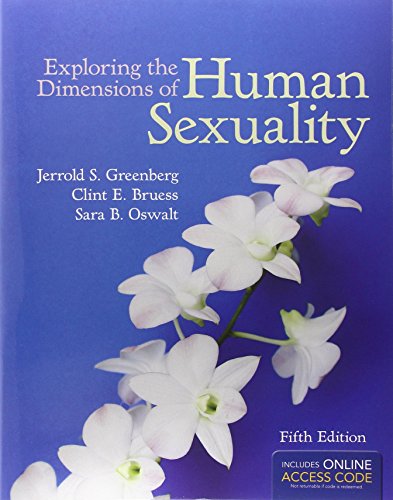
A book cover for Exploring The Dimensions Of Human Sexuality; Jerrold S. Greenberg; Parenting & Relationships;